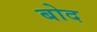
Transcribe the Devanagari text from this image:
बोद